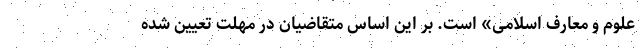
علوم و معارف اسلامی» است. بر این اساس متقاضیان در مهلت تعیین شده